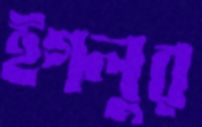
ইগলুর